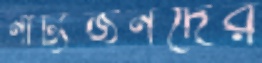
নাট্যজনদের